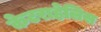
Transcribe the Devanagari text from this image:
केटराहेलिस